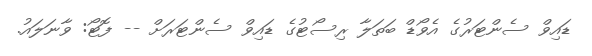
ޑައިވް ސެންޓަރުގެ އެވޯޑް ބަތަލާ ރިސޯޓުގެ ޑައިވް ސެންޓަރަށް -- ފޮޓޯ: ވާނަލައު.